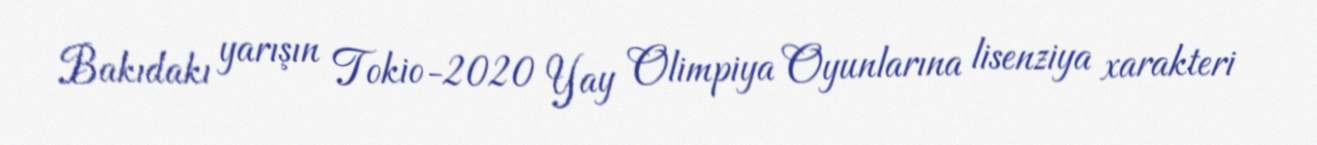
Bakıdakı yarışın Tokio-2020 Yay Olimpiya Oyunlarına lisenziya xarakteri